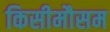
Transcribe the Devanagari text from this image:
किसीमौसम